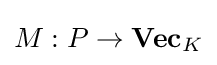
M:P\to \mathbf {Vec} _{K}